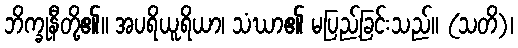
ဘိက္ခုနီတို့၏။ အပရိယူရိယာ၊ သံဃာ၏ မပြည့်ခြင်းသည်။ (သတိ)၊